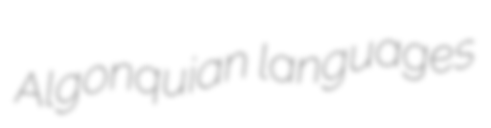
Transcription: Algonquian languages